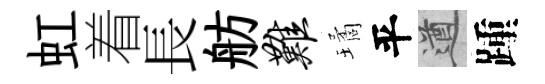
虹着長舫难璚平遒踵